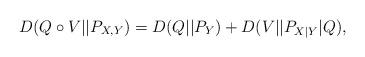
LaTeX: \begin{align*}D(Q\circ V||P_{X,Y}) = D(Q||P_Y) + D(V||P_{X|Y}|Q),\end{align*}